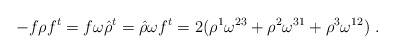
\begin{align*}-f\rho f^t=f\omega\hat{\rho}^t=\hat{\rho}\omega f^t=2(\rho^1\omega^{23}+\rho^2\omega^{31}+\rho^3\omega^{12})\ .\end{align*}